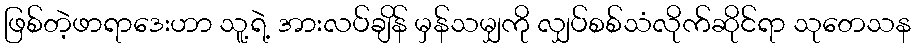
ဖြစ်တဲ့ဖာရာဒေးဟာ သူ့ရဲ့ အားလပ်ချိန် မှန်သမျှကို လျှပ်စစ်သံလိုက်ဆိုင်ရာ သုတေသန